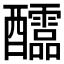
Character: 𨤀